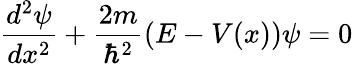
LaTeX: \frac{d^{2}\psi}{dx^{2}}+\frac{2m}{\hbar^{2}}(E-V(x))\psi=0